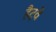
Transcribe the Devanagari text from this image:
हैट्वे